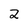
Character: 2